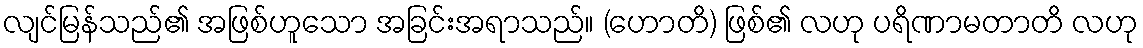
လျင်မြန်သည်၏ အဖြစ်ဟူသော အခြင်းအရာသည်။ (ဟောတိ) ဖြစ်၏ လဟု ပရိဏာမတာတိ လဟု